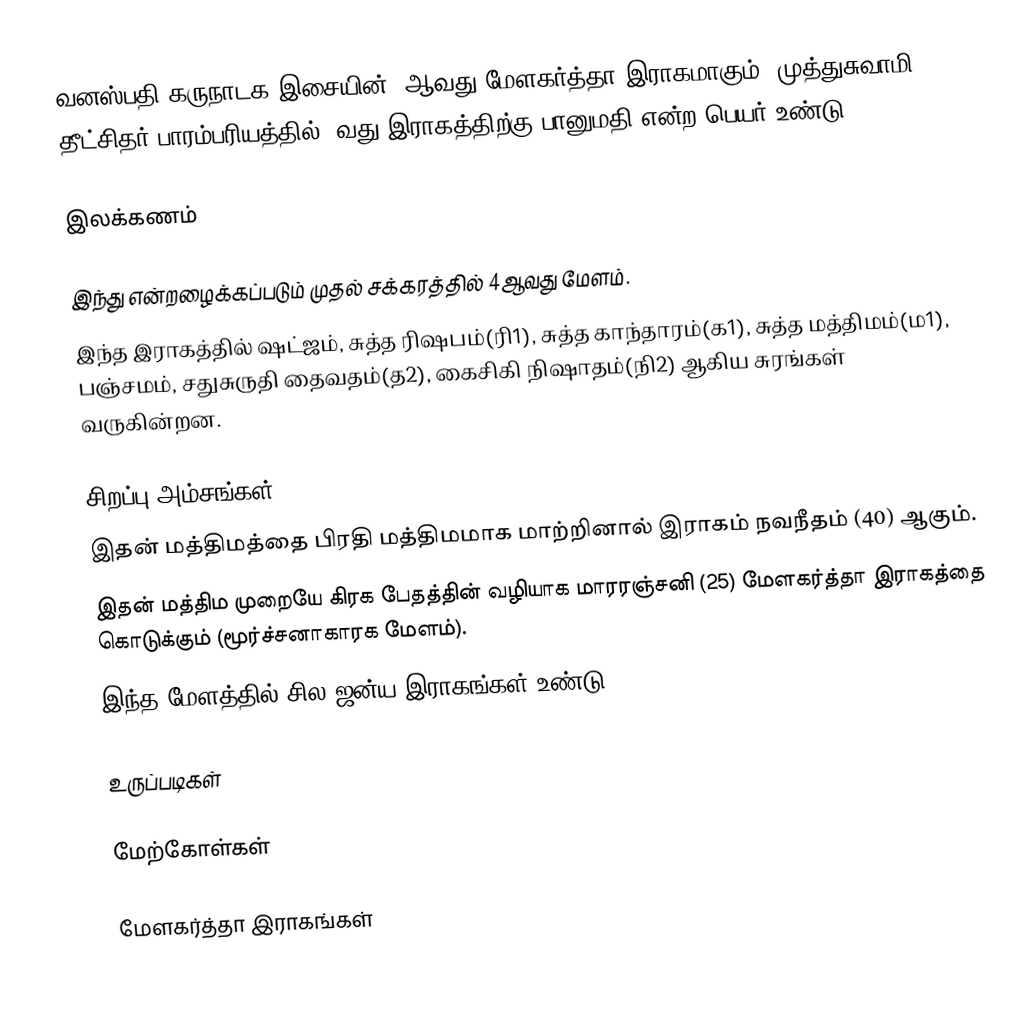
வனஸ்பதி கருநாடக இசையின் 4ஆவது மேளகர்த்தா இராகமாகும். முத்துசுவாமி தீட்சிதர் பாரம்பரியத்தில் 4வது இராகத்திற்கு பானுமதி என்ற பெயர் உண்டு.

இலக்கணம்

 இந்து என்றழைக்கப்படும் முதல் சக்கரத்தில் 4ஆவது மேளம்.
 இந்த இராகத்தில் ஷட்ஜம், சுத்த ரிஷபம்(ரி1), சுத்த காந்தாரம்(க1), சுத்த மத்திமம்(ம1), பஞ்சமம், சதுசுருதி தைவதம்(த2), கைசிகி நிஷாதம்(நி2) ஆகிய சுரங்கள் வருகின்றன.

சிறப்பு அம்சங்கள்
 இதன் மத்திமத்தை பிரதி மத்திமமாக மாற்றினால் இராகம் நவநீதம் (40) ஆகும்.
 இதன் மத்திம முறையே கிரக பேதத்தின் வழியாக மாரரஞ்சனி (25) மேளகர்த்தா இராகத்தை கொடுக்கும் (மூர்ச்சனாகாரக மேளம்).
 இந்த மேளத்தில் சில ஜன்ய இராகங்கள் உண்டு.

உருப்படிகள்

மேற்கோள்கள்

மேளகர்த்தா இராகங்கள்